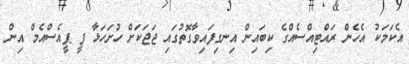
އެކަމަކު އެހެން ރައްޓިއްސެއްގެ ކިބައިން އިނގިފައިވާގޮތުގައި ޖަޖަކަށް ހުށަހަޅާ ފީ ޕީއެސްއެމް އިން